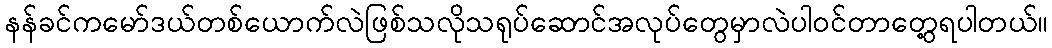
နန်ခင်ကမော်ဒယ်တစ်ယောက်လဲဖြစ်သလိုသရုပ်ဆောင်အလုပ်တွေမှာလဲပါဝင်တာတွေ့ရပါတယ်။